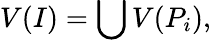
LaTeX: V(I)=\bigcup V(P_{i}),